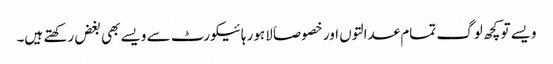
ویسے تو کچھ لوگ تمام عدالتوں اور خصوصاَ لاہور ہائیکورٹ سے ویسے بھی بغض رکھتے ہیں۔